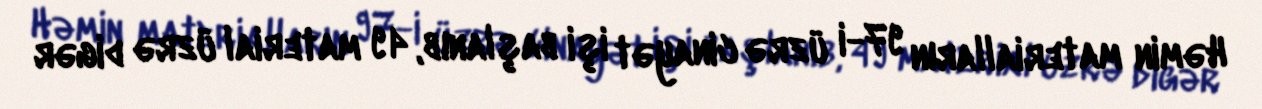
Həmin materialların 97-i üzrə cinayət işi başlanıb, 49 material üzrə digər